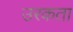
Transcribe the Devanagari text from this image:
उरकता